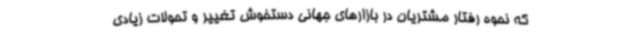
که نحوه رفتار مشتریان در بازارهای جهانی دستخوش تغییر و تحولات زیادی